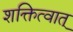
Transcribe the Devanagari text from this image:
शक्तित्वात्